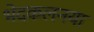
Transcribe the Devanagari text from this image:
भेदकलनया